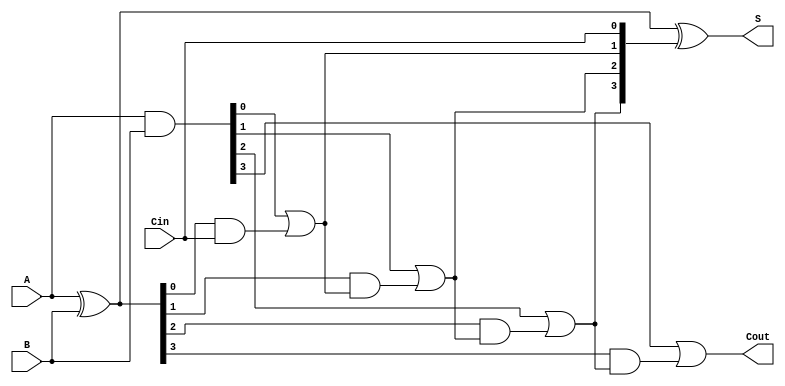
module CLA_4bit (
    input [3:0] A,        // 4-bit input A
    input [3:0] B,        // 4-bit input B
    input Cin,            // Carry-in
    output [3:0] S,       // 4-bit sum output
    output Cout           // Carry-out
);
    // Generate and Propagate signals
    wire [3:0] G;         // Generate signals
    wire [3:0] P;         // Propagate signals
    wire [4:0] C;         // Carry signals

    // Generate and Propagate calculations
    assign G = A & B;     // Gi = Ai AND Bi
    assign P = A ^ B;     // Pi = Ai XOR Bi

    // Carry calculations
    assign C[0] = Cin;    // C0 = Cin
    assign C[1] = G[0] | (P[0] & C[0]); // C1
    assign C[2] = G[1] | (P[1] & C[1]); // C2
    assign C[3] = G[2] | (P[2] & C[2]); // C3
    assign C[4] = G[3] | (P[3] & C[3]); // Cout

    // Sum calculations
    assign S = P ^ C[3:0]; // Si = Pi XOR Ci

    // Final Carry-Out
    assign Cout = C[4];    // Cout

endmodule